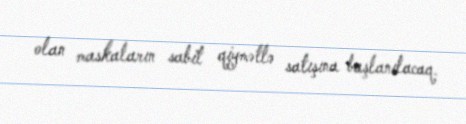
olan maskaların sabit qiymətlə satışına başlanılacaq.